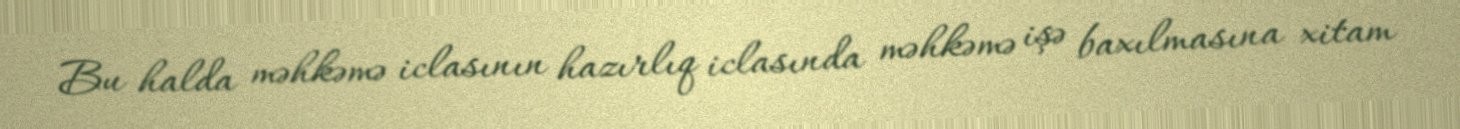
Bu halda məhkəmə iclasının hazırlıq iclasında məhkəmə işə baxılmasına xitam